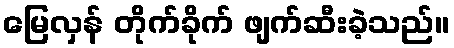
မြေလှန် တိုက်ခိုက် ဖျက်ဆီးခဲ့သည်။